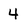
Character: 4